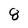
Character: 8